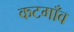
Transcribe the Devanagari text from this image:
कटगाँव